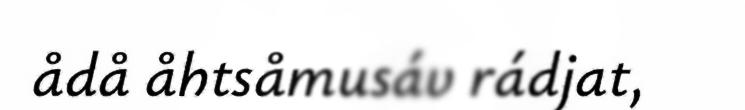
ådå åhtsåmusáv rádjat,